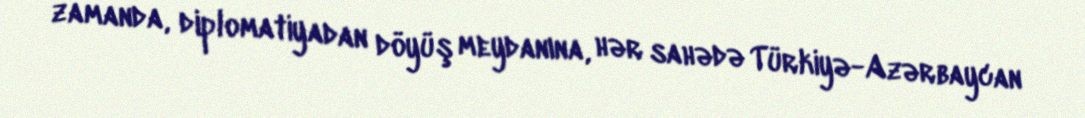
zamanda, diplomatiyadan döyüş meydanına, hər sahədə Türkiyə-Azərbaycan